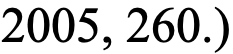
2005, 260.)